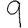
Digit: 9